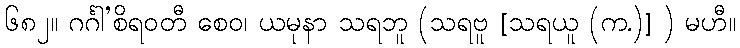
၆၈၂။ ဂင်္ဂါ’စိရဝတီ စေဝ၊ ယမုနာ သရဘူ (သရဗူ [သရယူ (က.)] ) မဟီ။